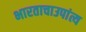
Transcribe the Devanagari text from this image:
भारताचाउपांत्य